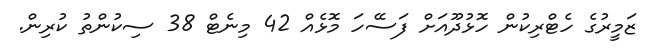
ޒަމީރުގެ ހެޓްރިކުން ހޮޅުދޫއަށް ފަސޭހަ މޮޅެއް 42 މިނެޓް 38 ސިކުންތު ކުރިން.